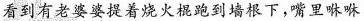
看到有老婆婆提着烧火棍跑到墙根下，嘴里咻咻